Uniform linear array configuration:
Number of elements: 4
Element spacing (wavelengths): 0.75
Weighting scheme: hamming
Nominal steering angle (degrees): -15
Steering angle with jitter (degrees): -13.4
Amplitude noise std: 0.05
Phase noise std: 0.05

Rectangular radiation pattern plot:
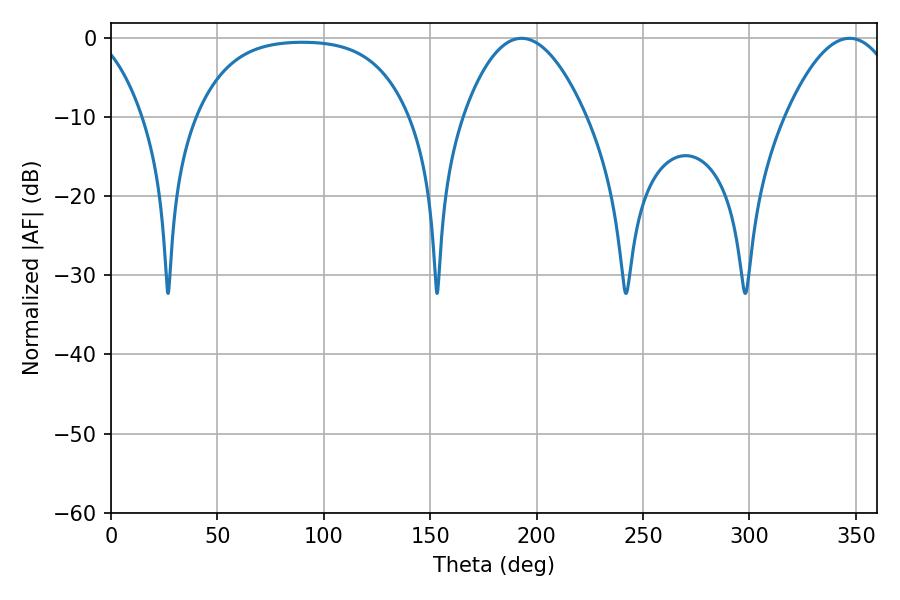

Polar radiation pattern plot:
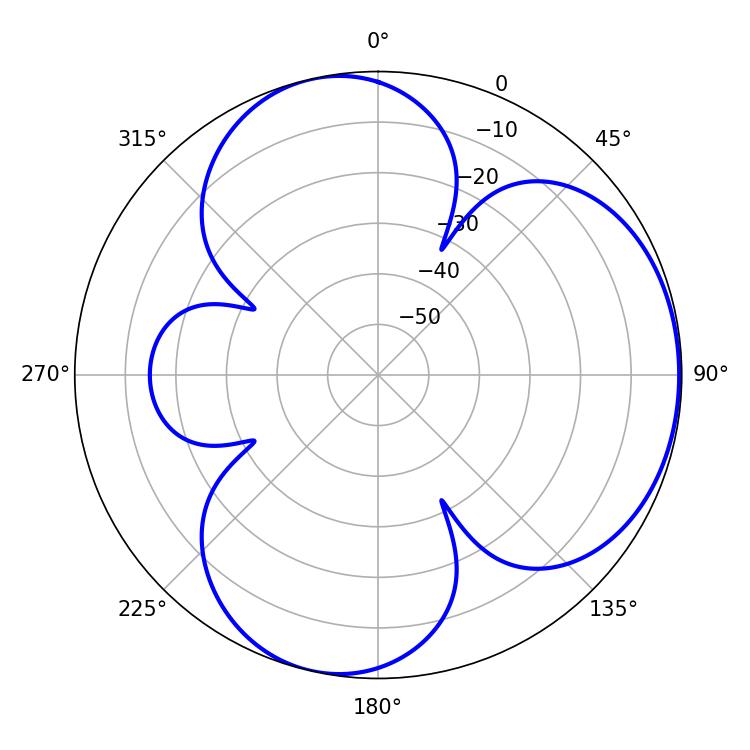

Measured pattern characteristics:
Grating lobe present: TRUE
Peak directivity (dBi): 4.674
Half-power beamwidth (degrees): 31.68
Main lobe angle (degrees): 192.96